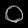
Digit: ၀